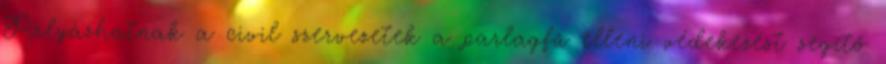
Pályázhatnak a civil szervezetek a parlagfű elleni védekezést segítő